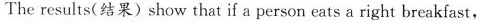
The results(结果)show that if a person eats a right breakfast,